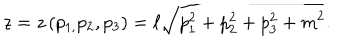
z = z \left( p _ { 1 , } p _ { 2 } , p _ { 3 } \right) = \ell \sqrt { p _ { 1 } ^ { 2 } + p _ { 2 } ^ { 2 } + p _ { 3 } ^ { 2 } + m ^ { 2 } } .